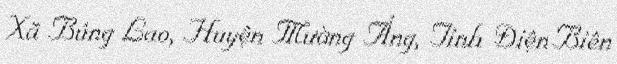
Xã Búng Lao, Huyện Mường Ảng, Tỉnh Điện Biên